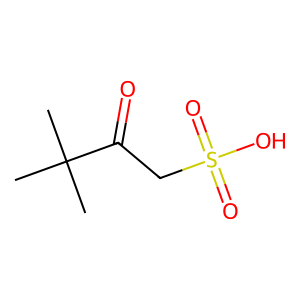
SMILES: CC(C)(C)C(=O)CS(=O)(=O)O
Inhibits HIV replication: No